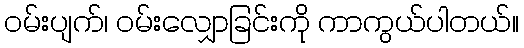
ဝမ်းပျက်၊ ဝမ်းလျှောခြင်းကို ကာကွယ်ပါတယ်။